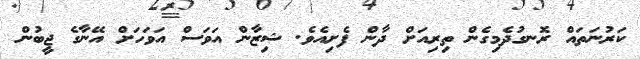
ކަރުނަތައް ރޮނގުދެމިގެން ތިރިއަށް ދާން ފެށިއެވެ. ޝިޒާން އަވަސް އަވަހަށް އޭނާގެ ޖީބުން